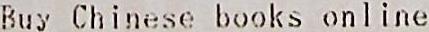
BUY CHINESE BOOKS ONLINE